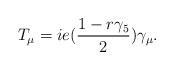
LaTeX: \begin{align*}T_\mu = ie ({1 - r\gamma_5 \over 2}) \gamma_\mu.\end{align*}